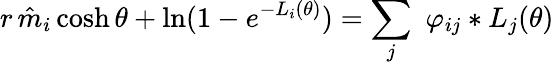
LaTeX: r\, \hat{m}_{i}\cosh\theta+\ln(1-e^{-L_{i}(\theta)})=\sum_{j}\, \, \varphi_{ij}\ast L_{j}(\theta)